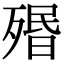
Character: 㱪